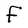
Character: F